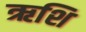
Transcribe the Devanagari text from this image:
ऋशि